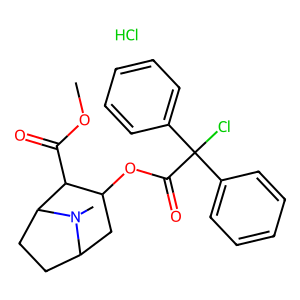
SMILES: COC(=O)C1C(OC(=O)C(Cl)(c2ccccc2)c2ccccc2)CC2CCC1N2C.Cl
Inhibits HIV replication: No